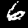
Digit: 6